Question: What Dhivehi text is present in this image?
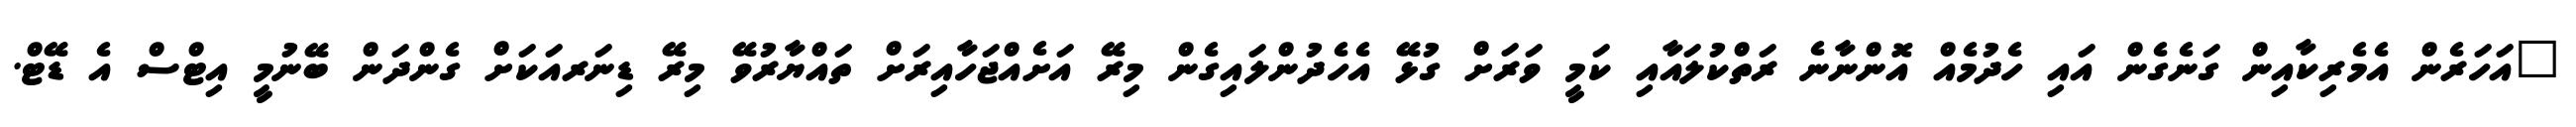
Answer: "އަހަރެން އެމެރިކާއިން ގަނެގެން އައި ހެދުމެއް އޮންނާނެ ރަތްކުލައާއި ކަމީ ވަރަށް ގުޅޭ އެހެދުންލައިގެން މިރޭ އަށެއްޖަހާއިރަށް ތައްޔާރުވޭ މިރޭ ޑިނަރއަކަށް ގެންދަން ބޭނުމީ އިޓްސް އެ ޑޭޓް.